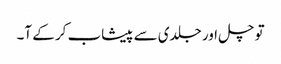
تو چل اور جلدی سے پیشاب کر کے آ۔